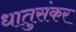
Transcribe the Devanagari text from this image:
धातुसंकर